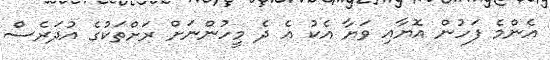
އެންމެ ފަހުން އޮޔާއި ވަޔާ އެކު އެ ދެ މީހުންނަށް ރަށްތަކުގެ އުދަރެސް